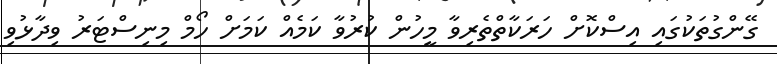
ގޭންގުތަކުގައި އިސްކޮށް ހަރަކާތްތެރިވާ މީހުން ކުރުވާ ކަމެއް ކަމަށް ހޯމް މިނިސްޓަރު ވިދާޅުވި